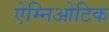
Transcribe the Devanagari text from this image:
ऐम्निओटिक